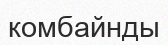
комбайнды